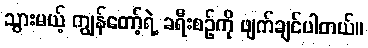
သွားမယ့် ကျွန်တော့်ရဲ့ ခရီးစဉ်ကို ဖျက်ချင်ပါတယ်။